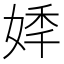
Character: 𡝟